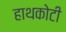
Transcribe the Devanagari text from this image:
हाथकोटी